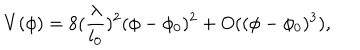
V ( \phi ) = 8 ( \frac { \lambda } { l _ { 0 } } ) ^ { 2 } ( \phi - \phi _ { 0 } ) ^ { 2 } + O ( ( \phi - \phi _ { 0 } ) ^ { 3 } ) ,